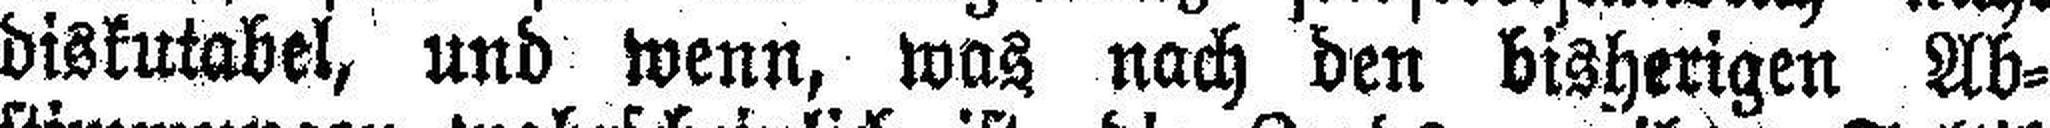
diskutabel, und wenn, was nach den bisherigen Ab¬